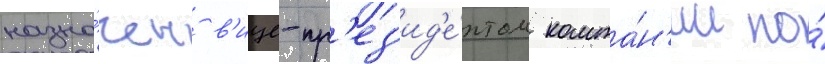
назна́чен в'ице-пр'ез'ид'е́нтом компа́н'ии по́